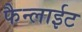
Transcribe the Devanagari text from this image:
फैन्लाईट